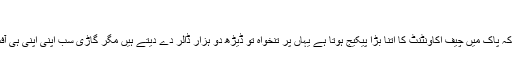
;d
یہ تو اچھی بات ہے کہ پاک میں چیف اکاونٹنٹ کا اتنا بڑا پیکیج ہوتا ہے یہاں پر تنخواہ تو ڈیڑھ دو ہزار ڈالر دے دیتے ہیں مگر گاڑی سب اپنی اپنی ہی آفس لے کر جاتے ہیں۔